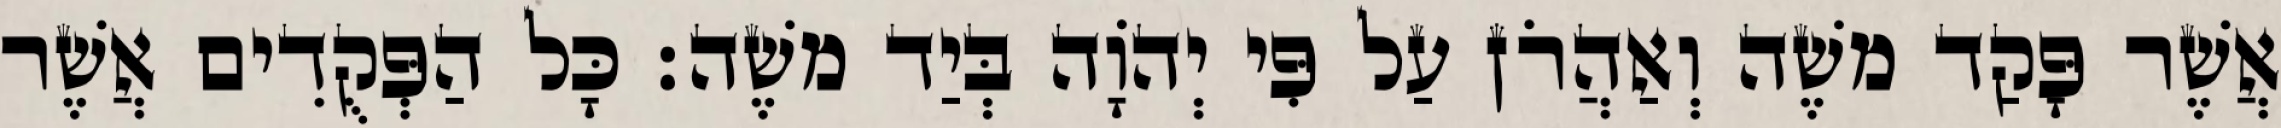
אֲשֶׁר פָּקַד משֶׁה וְאַהֲרֹן עַל פִּי יְהוָֹה בְּיַד משֶׁה׃ כָּל הַפְּקֻדִים אֲשֶׁר